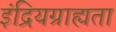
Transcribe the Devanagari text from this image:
इंद्रियग्राह्यता